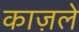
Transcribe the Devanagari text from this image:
काज़ले